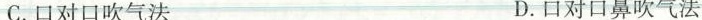
C.口对口吹气法 D.目对口鼻吹气法